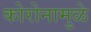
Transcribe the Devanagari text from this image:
कोरोनामुळे